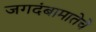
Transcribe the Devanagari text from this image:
जगदंबामातेचे